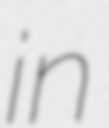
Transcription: in